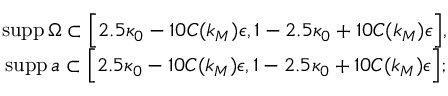
\begin{array} { r } { \mathrm { s u p p } \, \Omega \subset \Big [ 2 . 5 \kappa _ { 0 } - 1 0 C ( k _ { M } ) \epsilon , 1 - 2 . 5 \kappa _ { 0 } + 1 0 C ( k _ { M } ) \epsilon \Big ] , } \\ { \mathrm { s u p p } \, a \subset \Big [ 2 . 5 \kappa _ { 0 } - 1 0 C ( k _ { M } ) \epsilon , 1 - 2 . 5 \kappa _ { 0 } + 1 0 C ( k _ { M } ) \epsilon \Big ] ; } \end{array}